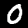
Label: 0